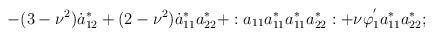
LaTeX: \begin{align*}-(3 - \nu^{2})\dot{a}_{12}^{*} + (2 - \nu^{2})\dot{a}_{11}^{*}a_{22}^{*} +:a_{11}a_{11}^{*}a_{11}^{*}a_{22}^{*}: + \nu\varphi_{1}^{'}a_{11}^{*}a_{22}^{*};\end{align*}